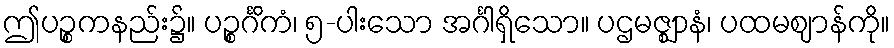
ဤပဉ္စကနည်း၌။ ပဉ္စင်္ဂိကံ၊ ၅-ပါးသော အင်္ဂါရှိသော။ ပဌမဇ္ဈာနံ၊ ပထမဈာန်ကို။